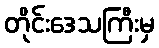
တိုင်းဒေသကြီးမှ